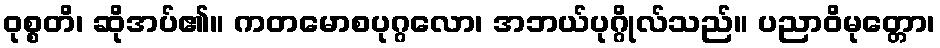
ဝုစ္စတိ၊ ဆိုအပ်၏။ ကတမောစပုဂ္ဂလော၊ အဘယ်ပုဂ္ဂိုလ်သည်။ ပညာဝိမုတ္တော၊